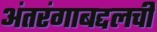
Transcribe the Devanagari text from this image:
अंतरंगाबद्दलची